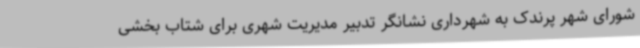
شورای شهر پرندک به شهرداری نشانگر تدبیر مدیریت شهری برای شتاب بخشی